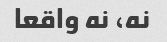
نه، نه واقعا